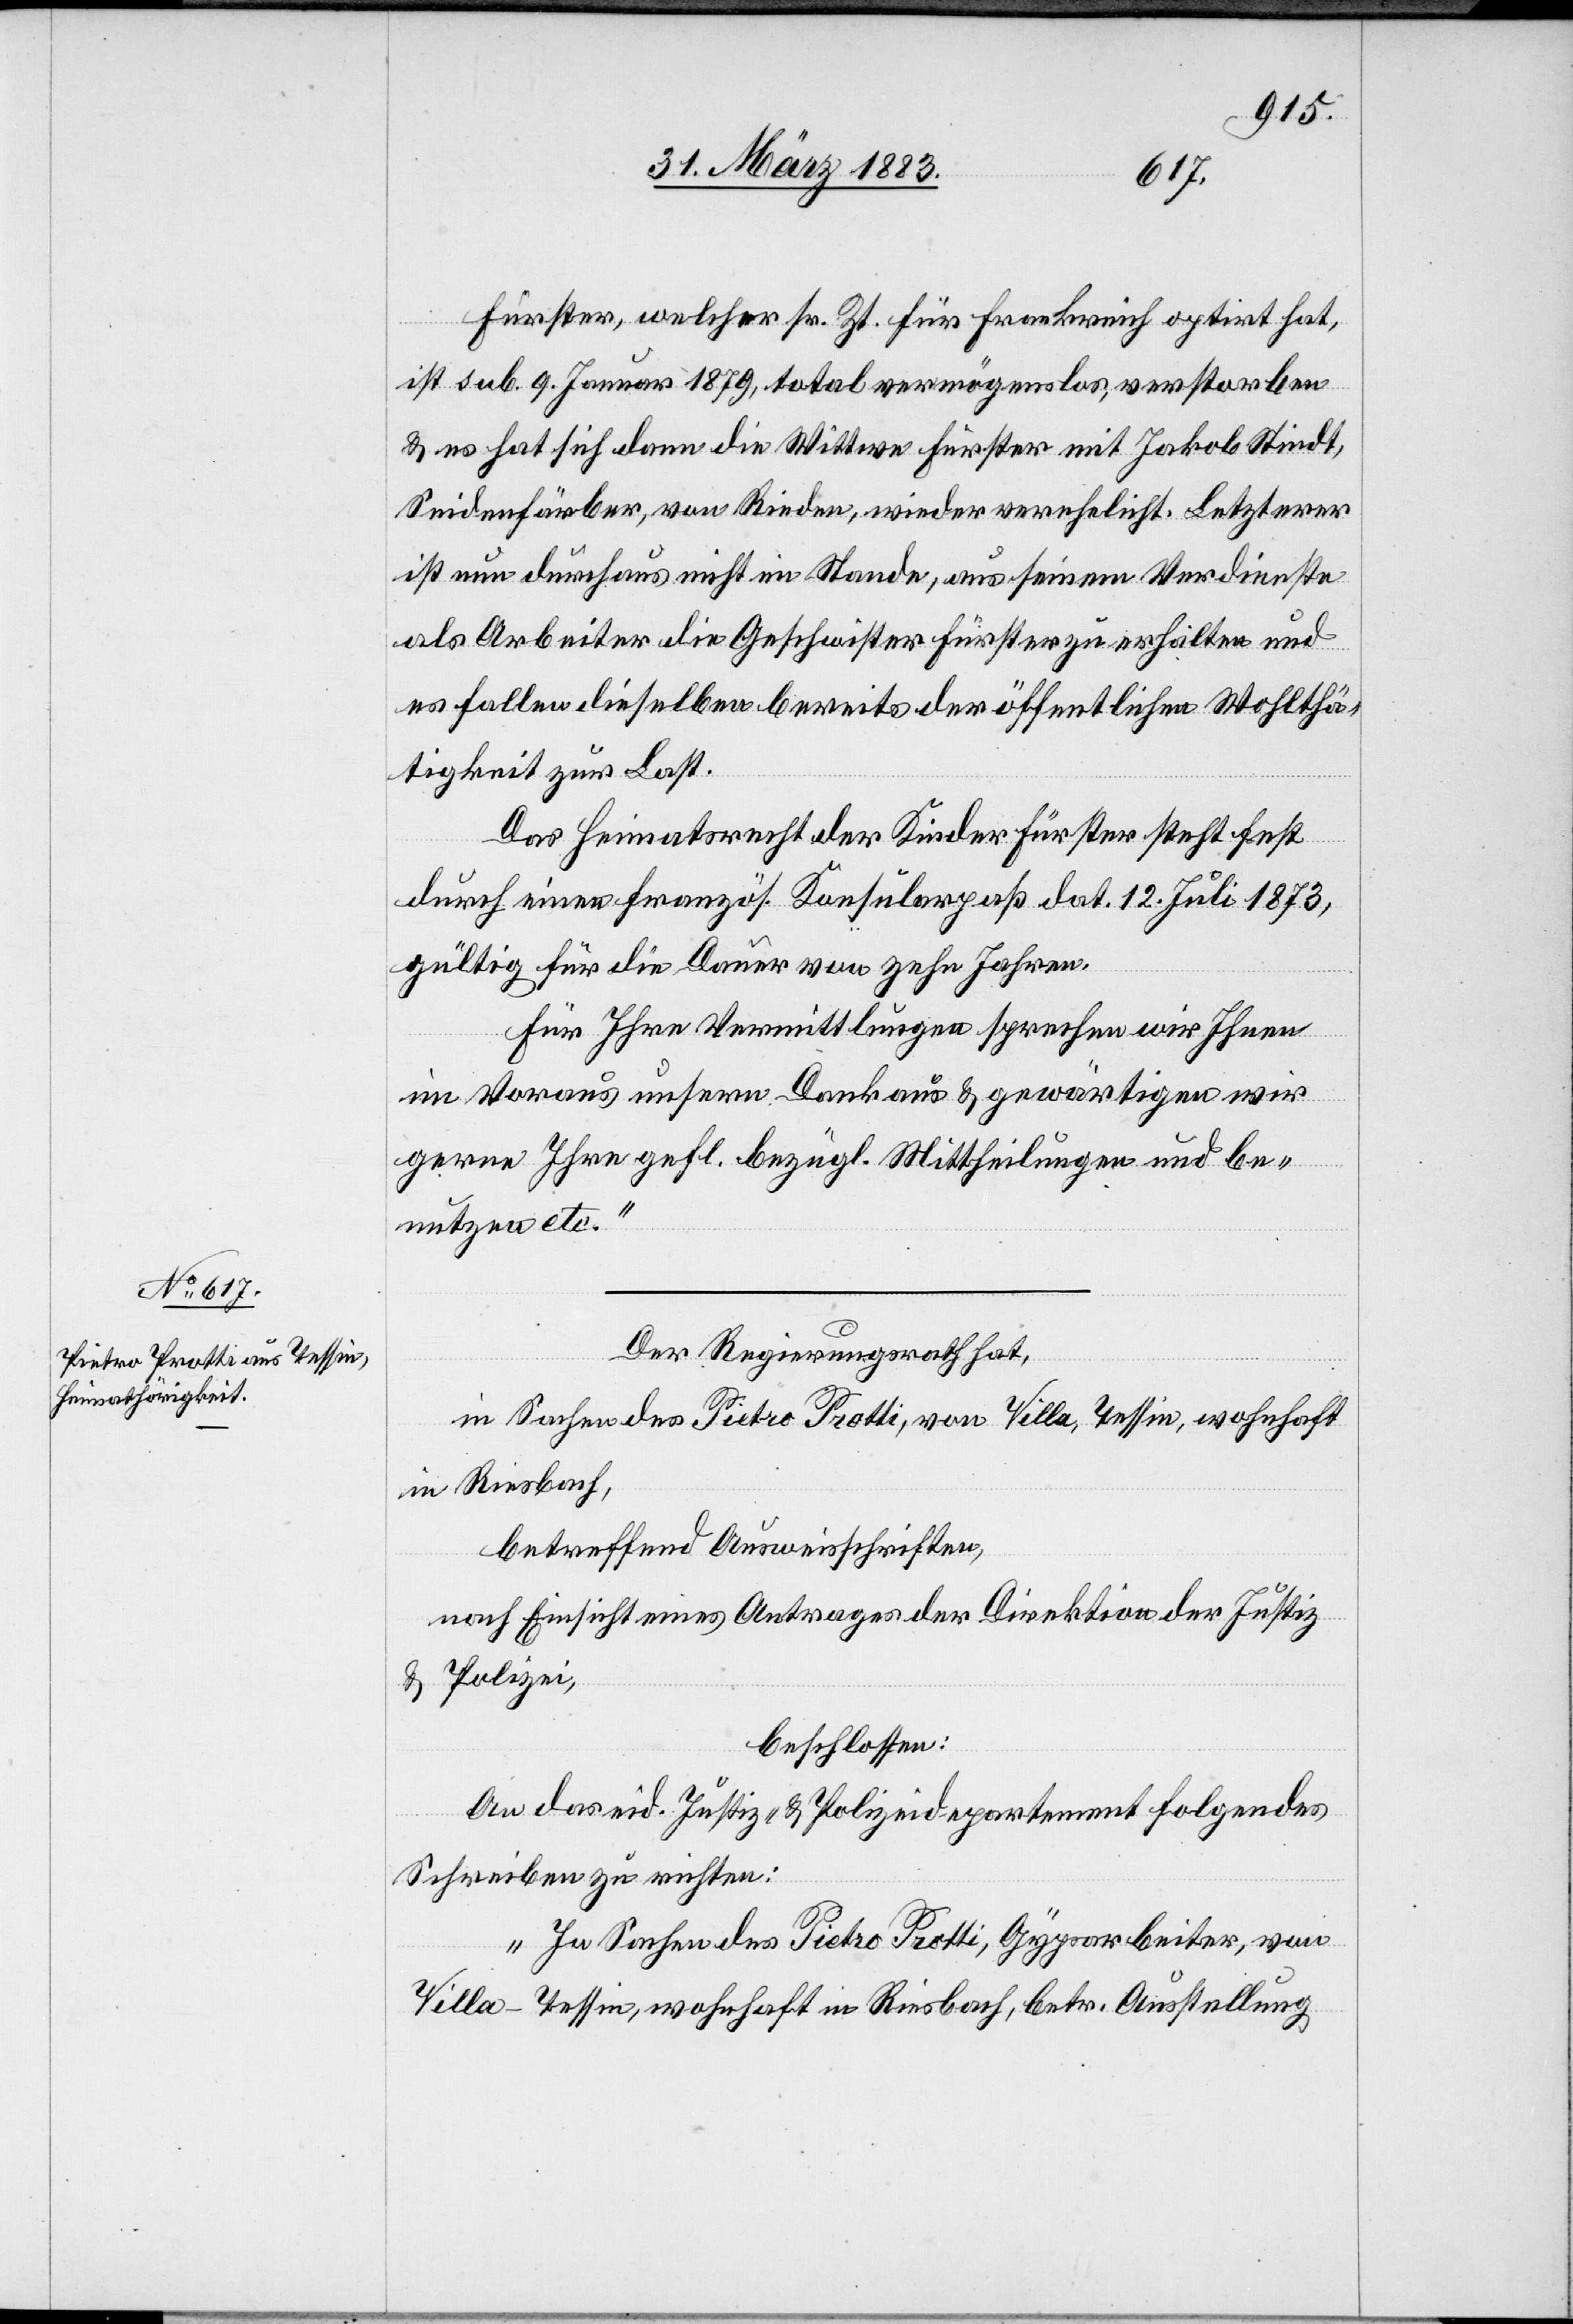
Fürster, welcher sr. Zt. für Frankreich optirt hat,
ist sub. 9. Januar 1879, total vermögenslos, verstorben
& es hat sich dann die Wittwe Fürster mit Jakob Stindt,
Seidenfärber, von Rieden, wieder verehelicht. Letzterer
ist nun durchaus nicht im Stande, aus seinem Verdienste
als Arbeiter die Geschwister Fürster zu erhalten und
es fallen dieselben bereits der öffentlichen Wohlthä¬
tigkeit zur Last.
Das Heimatsrecht der Kinder Fürster steht fest
durch einen französ. Konsularpaß dat. 12. Juli 1873,
gültig für die Dauer von zehn Jahren.
Für Ihre Vermittlungen sprechen wir Ihnen
im Voraus unsern Dank aus & gewärtigen wir
gerne Ihre gefl. bezügl. Mittheilungen und be¬
nutzen etc.“
Der Regierungsrath hat,
in Sachen des Pietro Protti, von Villa, Tessin, wohnhaft
in Riesbach,
betreffend Ausweisschriften,
nach Einsicht eines Antrages der Direktion der Justiz
& Polizei,
beschlossen:
An das eid. Justiz- & Polizeidepartement folgendes
Schreiben zu richten:
„In Sachen des Pietro Protti, Gypsarbeiter, von
Villa - Tessin, wohnhaft in Riesbach, betr. Ausstellung